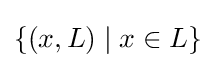
\{(x,L)\mid x\in L\}